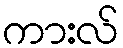
ကားလ်